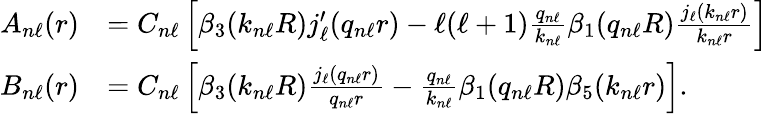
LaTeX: \begin{array}{rl}{A_{n\ell}(r)}&{=C_{n\ell}\left[\beta_{3}(k_{n\ell}R)j_{\ell}^{\prime}(q_{n\ell}r)-\ell(\ell+1)\frac{q_{n\ell}}{k_{n\ell}}\beta_{1}(q_{n\ell}R)\frac{j_{\ell}(k_{n\ell}r)}{k_{n\ell}r}\right]}\\ {B_{n\ell}(r)}&{=C_{n\ell}\left[\beta_{3}(k_{n\ell}R)\frac{j_{\ell}(q_{n\ell}r)}{q_{n\ell}r}-\frac{q_{n\ell}}{k_{n\ell}}\beta_{1}(q_{n\ell}R)\beta_{5}(k_{n\ell}r)\right].}\end{array}